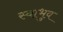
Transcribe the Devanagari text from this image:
स्वाभुव